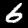
Digit: 6